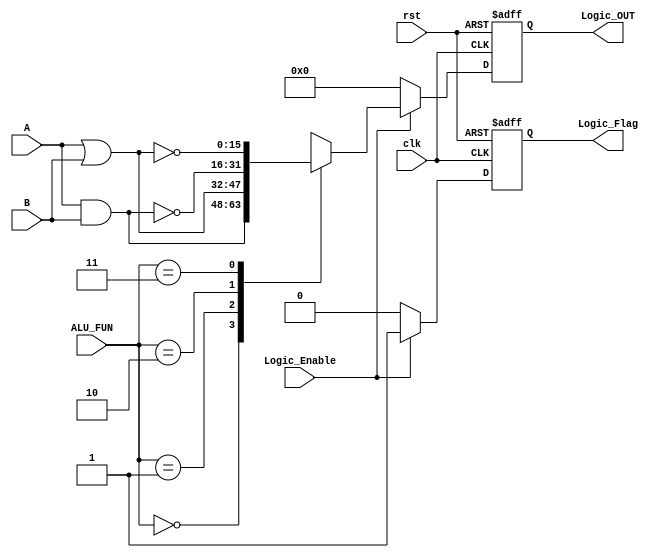
module Logic_Unit #(parameter width = 16)(
    input [width - 1:0] A,
    input [width - 1:0] B,
    input [1:0] ALU_FUN,
    input clk,rst,
    input Logic_Enable,
    output reg [width - 1:0] Logic_OUT,
    output reg Logic_Flag
    );
 always@(posedge clk or negedge rst) begin
        if (!rst) begin
            Logic_OUT <= 0;
            Logic_Flag <= 0;
        end
        else if (Logic_Enable) begin
            Logic_OUT <= 0;
            Logic_Flag <= 1;
            case (ALU_FUN)
                2'b00:
                begin
                    Logic_OUT <= A&B;
                end
                2'b01:
                begin
                    Logic_OUT <= A|B;
                end
                2'b10:
                begin
                    Logic_OUT <= ~(A&B);
                end                
                2'b11:
                begin
                    Logic_OUT <= ~(A|B);
                end                
            endcase
        end
        else begin
            Logic_OUT <= 0;
            Logic_Flag <= 0;
        end
    end
    
endmodule